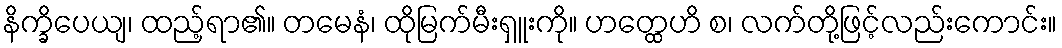
နိက္ခိပေယျ၊ ထည့်ရာ၏။ တမေနံ၊ ထိုမြက်မီးရှူးကို။ ဟတ္ထေဟိ စ၊ လက်တို့ဖြင့်လည်းကောင်း။